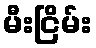
မီးငြိမ်း